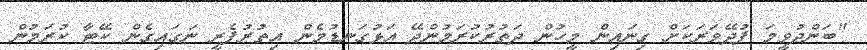
"ބަންދުވީމަ ފުދޭވަރަކަށް ގިނައިން މީހުން ދަތުރުކުރަމުންދޭ އަޅުގަނޑުމެން އިތުރުފެރީ ނަގައިގެން ކޭޓާ ކުރަމުން